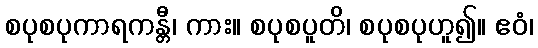
စပုစပုကာရကန္တီ၊ ကား။ စပုစပူတိ၊ စပုစပုဟူ၍။ ဧဝံ၊